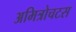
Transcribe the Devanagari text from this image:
अमित्रोचटस